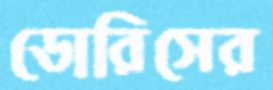
ডোরিসের